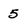
Character: 5